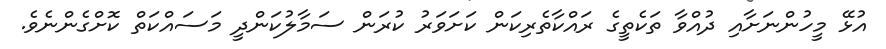
އުޅޭ މީހުންނަށާއި ދުއްވާ ތަކެތީގެ ރައްކާތެރިކަން ކަށަވަރު ކުރަން ސަމާލުކަންދީ މަސައްކަތް ކޮށްގެންނެވެ.